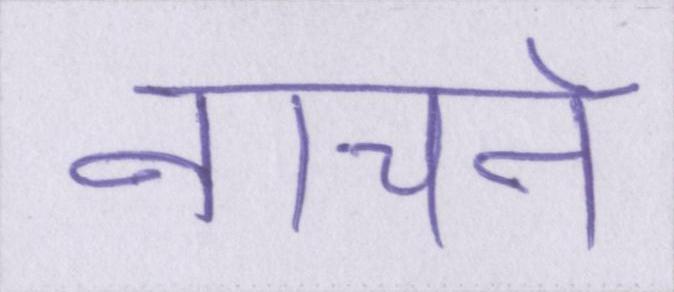
नाचने